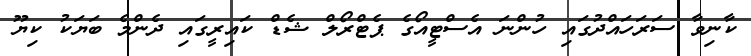
ކާނިވާ ސަރަހައްދުގައި ހުންނަ އެސްޓީއޯގެ ޕެޓްރޯލް ޝެޑް ކައިރީގައި ދެންމެ ބަޔަކު ކިޔޫ